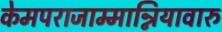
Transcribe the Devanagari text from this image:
केमपराजाम्मान्नियावारु